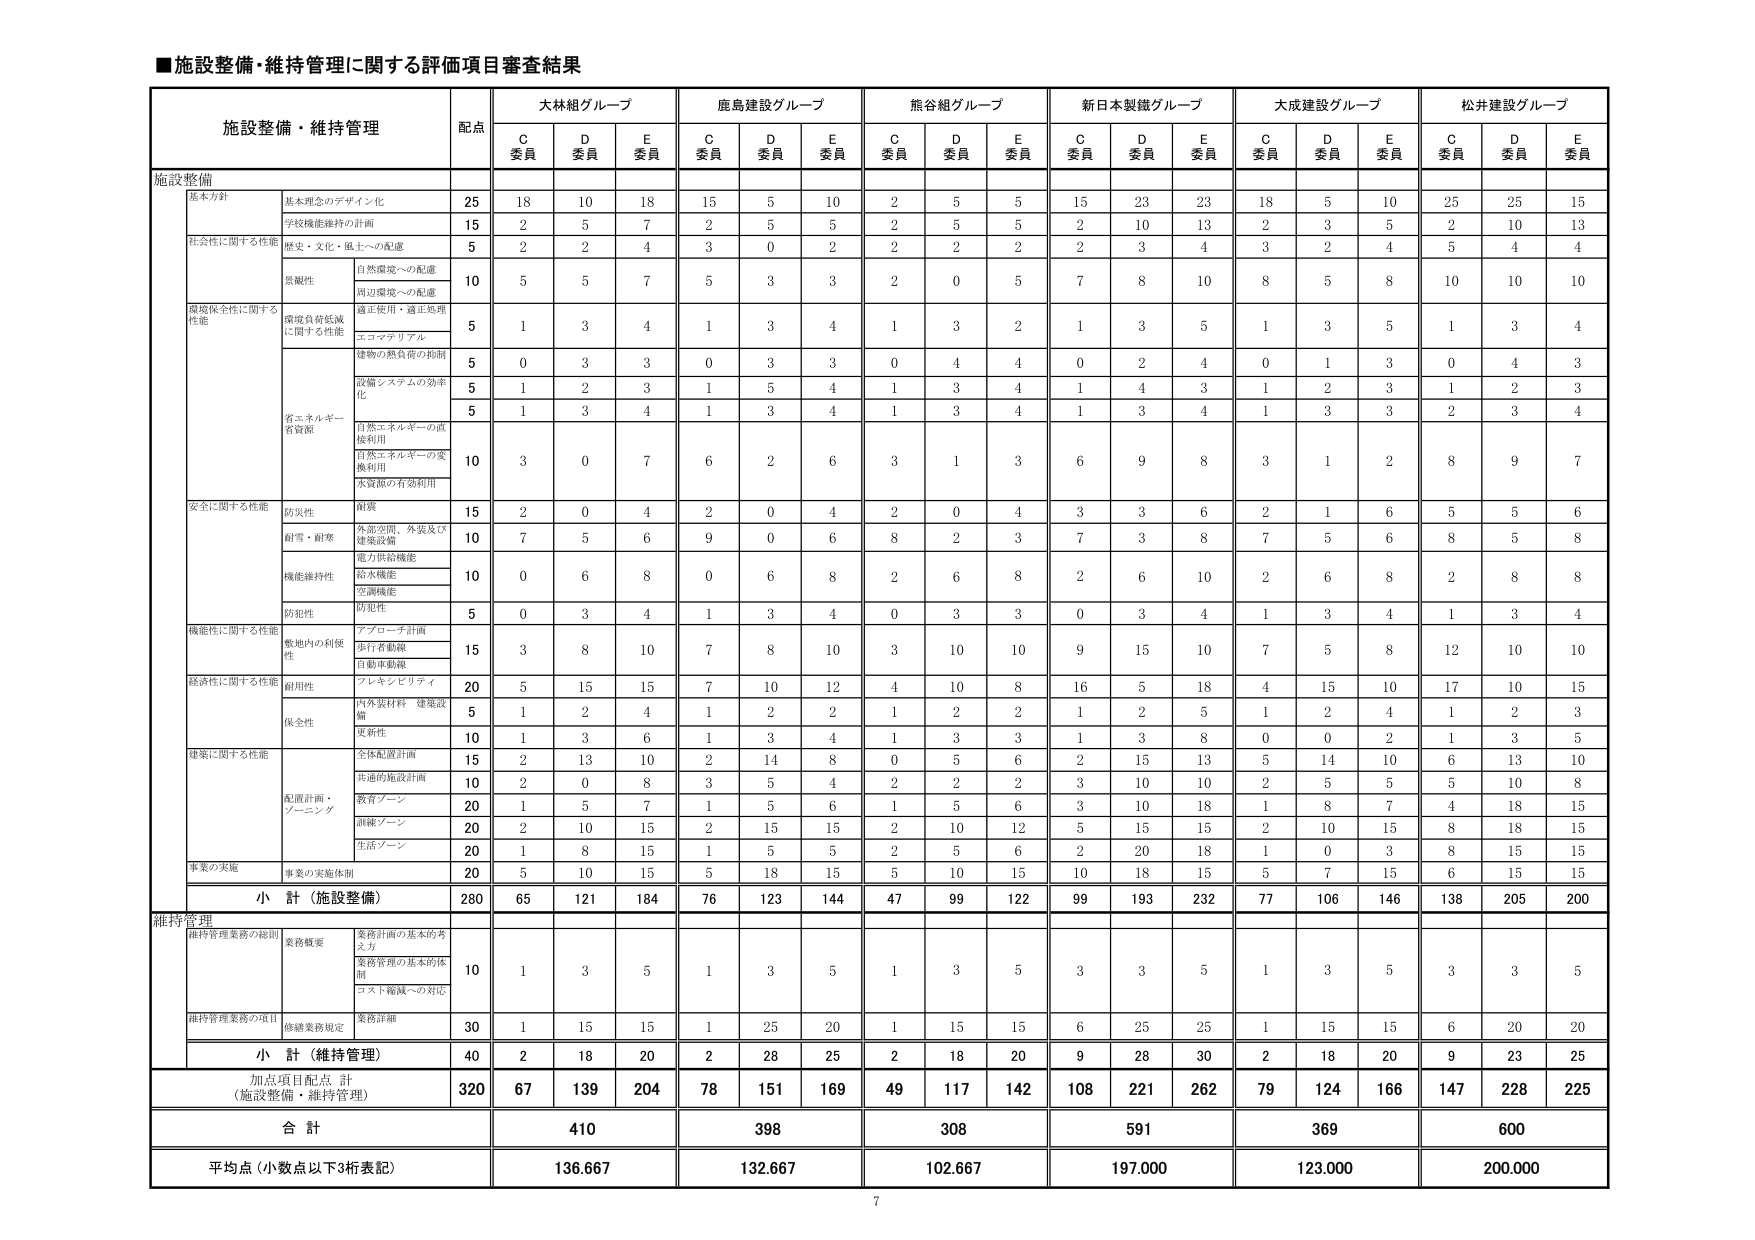
■施設整備・維持管理に関する評価項目審査結果

施設整備・維持管理 配点

大林組グループ
C委員 D委員 E委員

鹿島建設グループ
C委員 D委員 E委員

熊谷組グループ
C委員 D委員 E委員

新日本製鐵グループ
C委員 D委員 E委員

大成建設グループ
C委員 D委員 E委員

松井建設グループ
C委員 D委員 E委員

施設整備

基本方針
基本理念のデザイン化 25 18 10 18 15 5 10 2 5 5 15 23 23 18 5 10 25 25 15

学校機能維持の計画 15 2 5 7 2 5 5 2 5 5 2 10 13 2 3 5 2 10 13

社会性に関する性能
歴史・文化・風土への配慮 5 2 2 4 3 0 2 2 2 2 2 3 4 3 2 4 5 4 4

景観性
自然環境への配慮 10 5 5 7 5 3 3 2 0 5 7 8 10 8 5 8 10 10 10

周辺環境への配慮

環境保全性に関する性能
環境負荷低減に関する性能
適正使用・適正処理 5 1 3 4 1 3 4 1 3 2 1 3 5 1 3 5 1 3 4

エコマテリアル

省エネルギー
省資源
建物の熱負荷の抑制 5 0 3 3 0 3 3 0 4 4 0 2 4 0 1 3 0 4 3

設備システムの効率化 5 1 2 3 1 5 4 1 3 4 1 4 3 1 2 3 1 2 3

5 1 3 4 1 3 4 1 3 4 1 3 4 1 3 3 2 3 4

自然エネルギーの直接利用

自然エネルギーの変換利用

水資源の有効利用

安全に関する性能
防災性
耐震 15 2 0 4 2 0 4 2 0 4 3 3 6 2 1 6 5 5 6

耐雪・耐寒
外部空間、外装及び建築設備 10 7 5 6 9 0 6 8 2 3 7 3 8 7 5 6 8 5 8

電力供給機能

機能維持性
給水機能 10 0 6 8 0 6 8 2 6 8 2 6 10 2 6 8 2 8 8

空調機能

防犯性
防犯性 5 0 3 4 1 3 4 0 3 4 0 3 4 1 3 4 1 3 4

機能性に関する性能
敷地内の利便性
アプローチ計画 15 3 8 10 7 8 10 3 10 10 9 15 10 7 5 8 12 10 10

歩行者動線

自動車動線

経済性に関する性能
耐用性
フレキシビリティ 20 5 15 15 7 10 12 4 10 8 16 5 18 4 15 10 17 10 15

保全性
内外装材料 建築設備 5 1 2 4 1 2 2 1 2 2 1 2 5 1 2 4 1 2 3

建築に関する性能
更新性 10 1 3 6 1 3 4 1 3 3 1 3 8 0 0 2 1 3 5

全体配置計画 15 2 13 10 2 14 8 0 5 6 2 15 13 5 14 10 6 13 10

共通的施設計画 10 2 0 8 3 5 4 2 2 2 3 10 10 2 5 5 5 10 8

配置計画・ゾーニング
教育ゾーン 20 1 5 7 1 5 6 1 5 6 3 10 18 1 8 7 4 18 15

訓練ゾーン 20 2 10 15 2 15 15 2 10 12 5 15 15 2 10 15 8 18 15

生活ゾーン 20 1 8 15 1 5 5 2 5 6 2 20 18 1 0 3 8 15 15

事業の実施
事業の実施体制 20 5 10 15 5 18 15 5 10 15 10 18 15 5 7 15 6 15 15

小計（施設整備） 280 65 121 184 76 123 144 47 99 122 99 193 232 77 106 146 138 205 200

維持管理

維持管理業務の総則
業務概要
業務計画の基本的考え方 10 1 3 5 1 3 5 1 3 5 3 3 5 1 3 5 3 3 5

業務管理の基本的体制

コスト縮減への対応

維持管理業務の項目
修繕業務規定
業務詳細 30 1 15 15 1 25 20 1 15 15 6 25 25 1 15 15 6 20 20

小計（維持管理） 40 2 18 20 2 28 25 2 18 20 9 28 30 2 18 20 9 23 25

加点項目配点 計（施設整備・維持管理） 320 67 139 204 78 151 169 49 117 142 108 221 262 79 124 166 147 228 225

合計 410 398 308 591 369 600

平均点（小数点以下3桁表記） 136.667 132.667 102.667 197.000 123.000 200.000

7